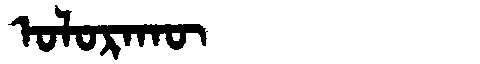
Manchu: ᠣᠯᠣᡵᠠᡴᡡ
Romanization: OLORAKŪ